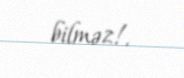
bilməz!.